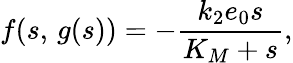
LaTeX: f(s,\, g(s))=-\frac{k_{2}e_{0}s}{K_{M}+s},